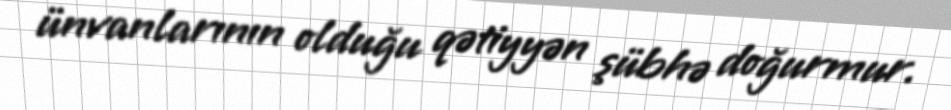
ünvanlarının olduğu qətiyyən şübhə doğurmur.